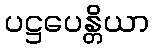
ပဋ္ဌပေန္တိယာ